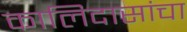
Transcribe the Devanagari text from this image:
कालिदासांचा